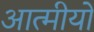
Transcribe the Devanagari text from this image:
आत्मीयों